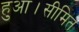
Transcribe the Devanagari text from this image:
हुआ।सीमित